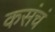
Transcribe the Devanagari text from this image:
कसंचं